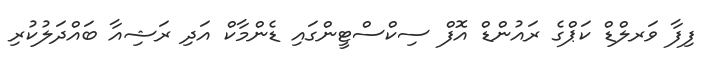
ފިފާ ވަރލްޑް ކަޕްގެ ރައުންޑް އޮފް ސިކްސްޓީންގައި ޑެންމާކް އަދި ރަޝިއާ ބައްދަލުކުރި